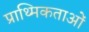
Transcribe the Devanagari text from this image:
प्राथ्मिकताओं